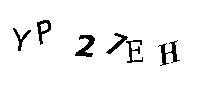
YP27EH